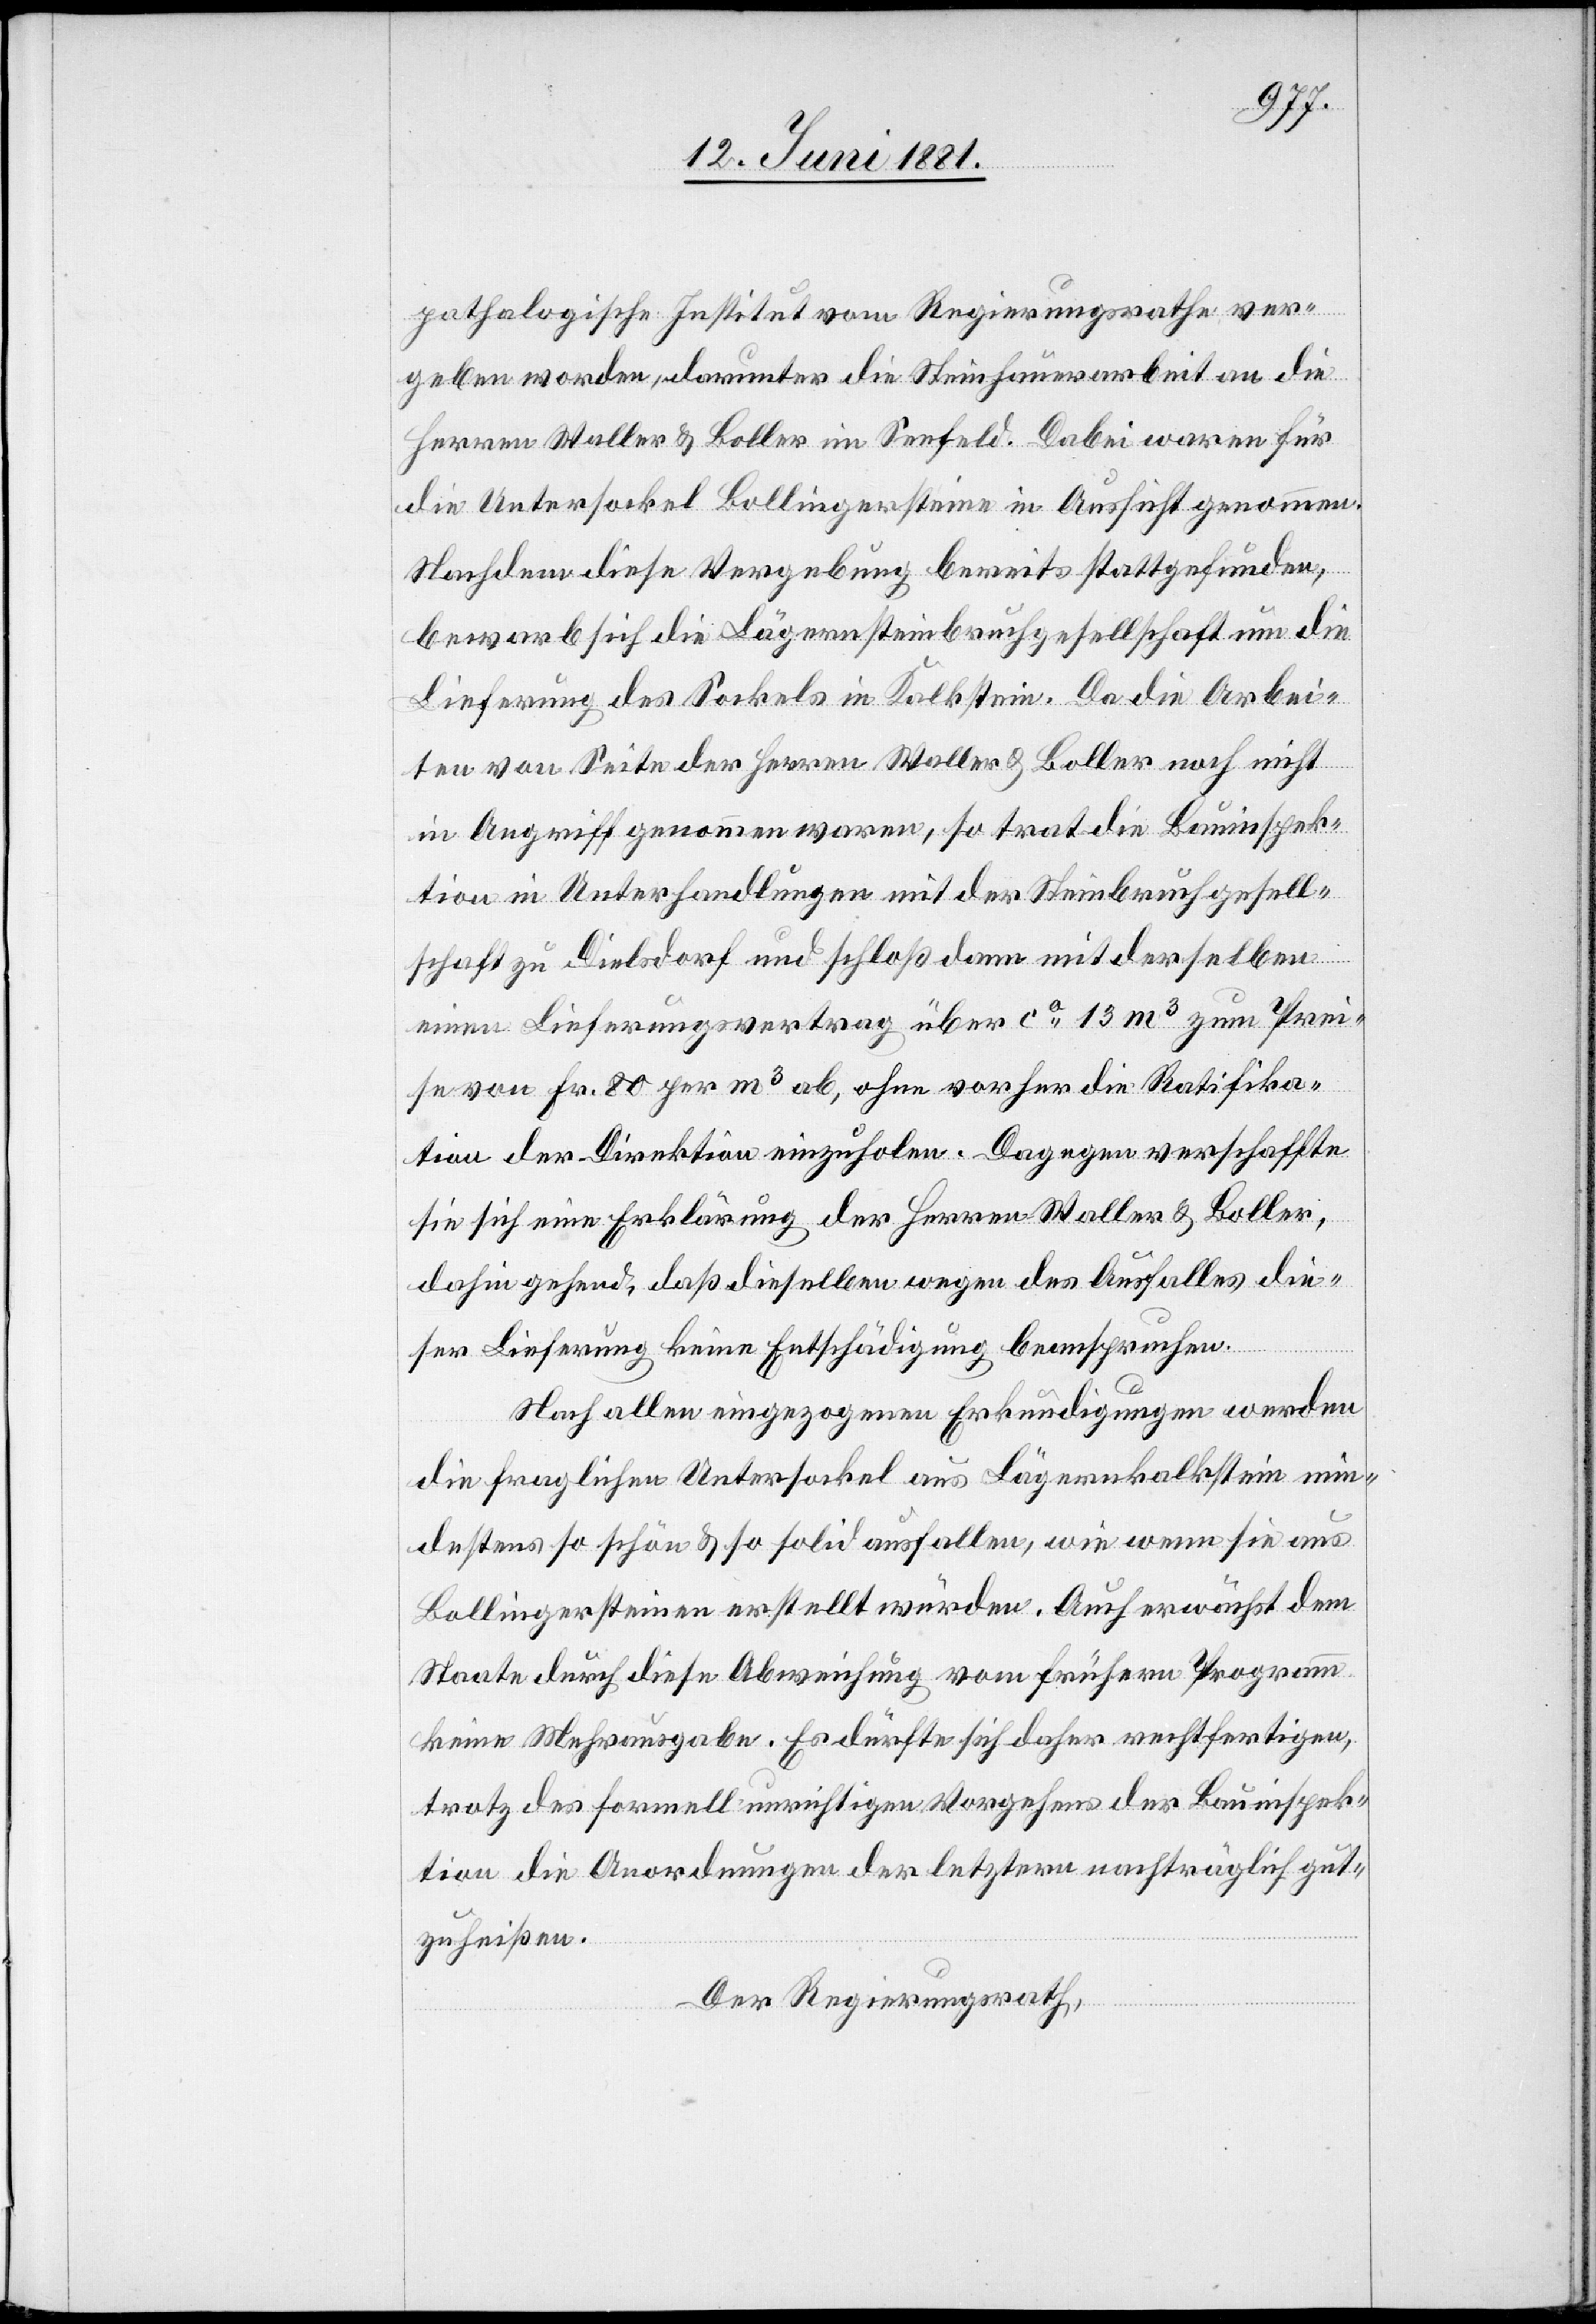
pathologische Institut vom Regierungsrathe ver¬
geben worden, darunter die Steinhauerarbeit an die
Herren Waller & Boller im Seefeld. Dabei waren für
die Untersockel Bollingersteine in Aussicht genommen.
Nachdem diese Vergebung bereits stattgefunden,
bewarb sich die Lägernsteinbruchgesellschaft um die
Lieferung des Sockels in Kalkstein. Da die Arbei¬
ten von Seite der Herren Waller & Boller noch nicht
in Angriff genommen waren, so trat die Bauinspek¬
tion in Unterhandlungen mit der Steinbruchgesell¬
schaft zu Dielsdorf und schloß dann mit derselben
einen Lieferungsvertrag über ca 13 m3 zum Prei¬
se von Fr. 80 per m3 ab, ohne vorher die Ratifika¬
tion der Direktion einzuholen. Dagegen verschaffte
sie sich eine Erklärung der Herren Waller & Koller,
dahin gehend, daß dieselben wegen des Ausfalles die¬
ser Lieferung keine Entschädigung beanspruchen.
Nach allen eingezogenen Erkundungen werden
die fraglichen Untersockel aus Lägernkalkstein min¬
destens so schön & so solid ausfallen, wie wenn sie aus
Bollingersteinen erstellt würden. Auch erwächst dem
Staate durch diese Abweichung vom frühern Programm
keine Mehrausgabe. Es dürfte sich daher rechtfertigen,
trotz des formell unrichtigen Vorgehens der Bauinspek¬
tion die Anordnung der letzern nachträglich gut¬
zuheißen.
Der Regierungsrath,